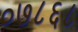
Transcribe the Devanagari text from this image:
०७८६८